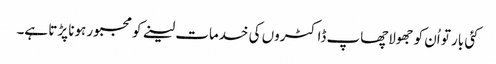
کئی بار تو اُن کو جھولاچھاپ ڈاکٹروں کی خدمات لینے کو مجبور ہونا پڑتا ہے۔